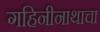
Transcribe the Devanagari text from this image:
गहिनीनाथाचा